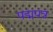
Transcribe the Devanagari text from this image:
पद्मपत्र